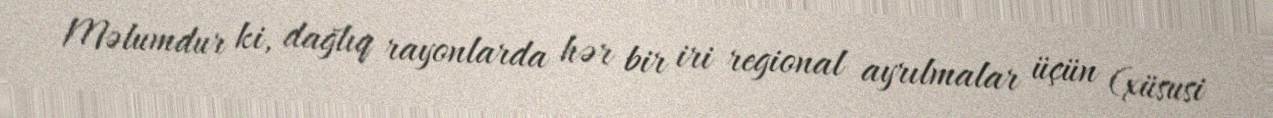
Məlumdur ki, dağlıq rayonlarda hər bir iri regional ayrılmalar üçün (xüsusi